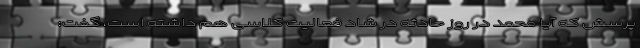
پرسش که آیا محمد در روز حادثه در شاد فعالیت کلاسی هم داشته است، گفت: